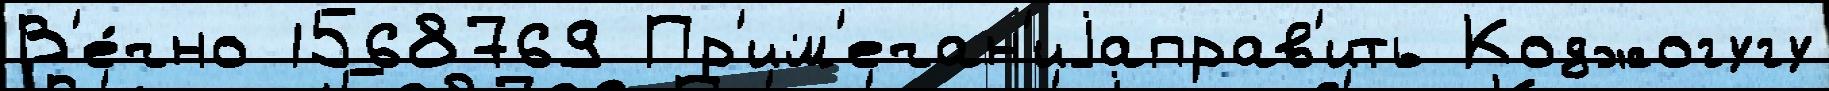
В'е́чно 1568769 Пр'им'ечан'иjаправ'ить Коджогугу